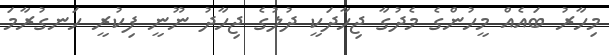
މިހާރު ބައެއް މީހުންގެ މެދުގާ ޖިހާދަކީ ދުލުގެ ޖިހާދު ނޫނީ ފިކުރީ ހަނގުރާމަ